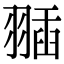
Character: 𦑣